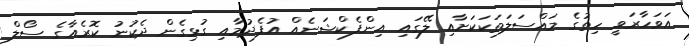
އަވަހާރަވީ ހިތުގެ މައްސަލަތަކަކަށާއި ލޭގައި އިންފެކްޝަނެއް އުފެދުމާއި ގުޅިގެން ދެކުނު ކޮރެއާގެ ސޯލް